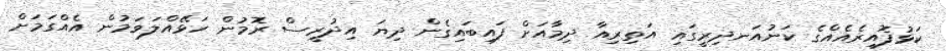
ކަޅުފޮއިރެއެއްގެ ކަނުއަނދިރީގައި އަތިރިއާ ދިމާއަށް ފައިބައިގެން ދިޔަ އިދުރީސް ރޮމުން ހަޅޭއްލަވަމުން އެއްގަމަށް